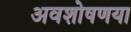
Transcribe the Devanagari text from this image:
अवशोषणया